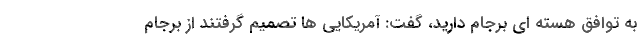
به توافق هسته ای برجام دارید، گفت: آمریکایی ها تصمیم گرفتند از برجام